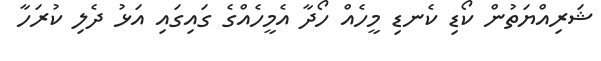
ޝަރިއްޔަތުން ކޯޑި ކެނޑި މީހެއް ހޯދާ އެމީހެއްގެ ގައިގައި އަޅު ދެލި ކުރަހާ